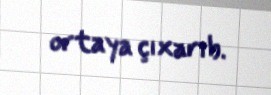
ortaya çıxarıb.